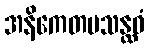
အနိကေတမသန္ထဝံ